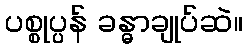
ပစ္စုပ္ပန် ခန္ဓာချုပ်ဆဲ။